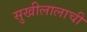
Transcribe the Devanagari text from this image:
सुखीलालाची